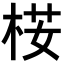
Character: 𣒢